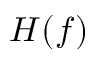
H ( f )